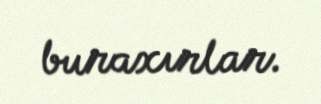
buraxırlar.